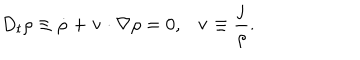
LaTeX: D _ { t } \rho \equiv \dot { \rho } + { \bf v } \cdot \nabla \rho = 0 , { \bf v } \equiv \frac { \bf j } { \rho } .